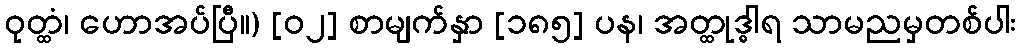
ဝုတ္ထံ၊ ဟောအပ်ပြီ။) [၀၂] စာမျက်နှာ [၁၈၅] ပန၊ အတ္ထုဒ္ဓါရ သာမညမှတစ်ပါး